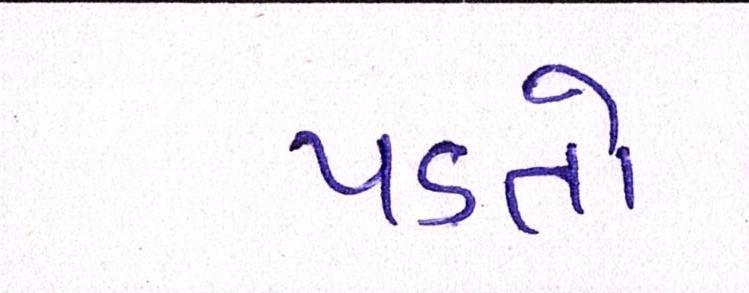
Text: પડતો